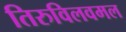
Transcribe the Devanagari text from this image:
तिरुविलवमल